Report on vaccination in the Province of Bengal - 1869-1873
Year: 1869
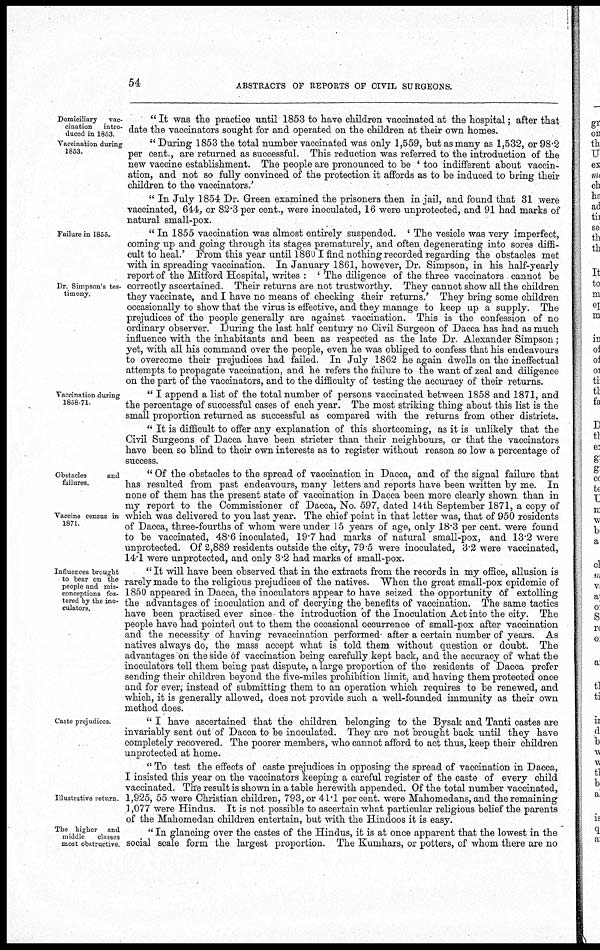
54
ABSTRACTS OF REPORTS OF CIVIL SURGEONS.
Domiciliary vac-
cination intro-
duced in 1853
Vaccination during
1853.
" It was the practice until 1853 to have children vaccinated at the hospital; after that
date the vaccinators sought for and operated on the children at their own homes.
" During 1853 the total number vaccinated was only 1,559, but as many as 1,532, or 98.2
per cent., are returned as successful. This reduction was referred to the introduction of the
new vaccine establishment. The people are pronounced to be ' too indifferent about vaccin-
ation, and not so fully convinced of the protection it affords as to be induced to bring their
children to the vaccinators.'
" In July 1854 Dr. Green examined the prisoners then in jail, and found that 31 were
vaccinated, 644, or 82.3 per cent., were inoculated, 16 were unprotected, and 91 had marks of
natural small-pox.
Failure in 1855.
Dr Simpson's tes-
timony.
" In 1855 vaccination was almost entirely suspended. ' The vesicle was very imperfect,
coming up and going through its stages prematurely, and often degenerating into sores diffi-
cult to heal.' From this year until 1860 I find nothing recorded regarding the obstacles met
with in spreading vaccination. In January 1861, however, Dr. Simpson, in his half-yearly
report of the Mitford Hospital, writes : ' The diligence of the three vaccinators cannot be
correctly ascertained. Their returns are not trustworthy. They cannot show all the children
they vaccinate, and I have no means of checking their returns.' They bring some children
occasionally to show that the virus is effective, and they manage to keep up a supply. The
prejudices of the people generally are against vaccination. This is the confession of no
ordinary observer. During the last half century no Civil Surgeon of Dacca has had as much
influence with the inhabitants and been as respected as the late Dr Alexander Simpson;
yet, with all his command over the people, even he was obliged to confess that his endeavours
to overcome their prejudices had failed. In July 1862 he again dwells on the ineffectual
attempts to propagate vaccination, and he refers the failure to the want of zeal and diligence
on the part of the vaccinators, and to the difficulty of testing the accuracy of their returns.
Vaccination during
1858-71.
" I append a list of the total number of persons vaccinated between 1858 and 1871, and
the percentage of successful cases of each year. The most striking thing about this list is the
small proportion returned as successful as compared with the returns from other districts.
" It is difficult to offer any explanation of this shortcoming, as it is unlikely that the
Civil Surgeons of Dacca have been stricter than their neighbours, or that the vaccinators
have been so blind to their own interests as to register without reason so low a percentage of
success.
Obstacles
and
failures.
Vaccine census in
1871.
" Of the obstacles to the spread of vaccination in Dacca, and of the signal failure that
has resulted from past endeavours, many letters and reports have been written by me. In
none of them has the present state of vaccination in Dacca been more clearly shown than in
my report to the Commissioner of Dacca, No. 597, dated 14th September 1871, a copy of
which was delivered to you last year. The chief point in that letter was, that of 950 residents
of Dacca, three-fourths of whom were under 15 years of age, only 18.3 per cent. were found
to be vaccinated, 48.6 inoculated, 19.7 had marks of natural small-pox, and 13.2 were
unprotected. Of 2,889 residents outside the city, 79.5 were inoculated, 3.2 were vaccinated,
14.1 were unprotected, and only 3.2 had marks of small-pox.
Influences brought
to bear on the
people and mis-
conceptions fos-
tered by the ino¬
culators.
" It will have been observed that in the extracts from the records in my office, allusion is
rarely made to the religious prejudices of the natives. When the great small-pox epidemic of
1850 appeared in Dacca, the inoculators appear to have seized the opportunity of extolling
the advantages of inoculation and of decrying the benefits of vaccination. The same tactics
have been practised ever since the introduction of the Inoculation Act into the city. The
people have had pointed out to them the occasional occurrence of small-pox after vaccination
and the necessity of having revaccination performed after a certain number of years. As
natives always do, the mass accept what is told them without question or doubt. The
advantages on the side of vaccination being carefully kept back, and the accuracy of what the
inoculators tell them being past dispute, a large proportion of the residents of Dacca prefer
sending their children beyond the five-miles prohibition limit, and having them protected once
and for ever, instead of submitting them to an operation which requires to be renewed, and
which, it is generally allowed, does not provide such a well-founded immunity as their own
method does.
Caste prejudices.
" I have ascertained that the children belonging to the Bysak and Tanti castes are
invariably sent out of Dacca to be inoculated. They are not brought back until they have
completely recovered. The poorer members, who cannot afford to act thus, keep their children
unprotected at
home..
Illustrative return.
" To test the effects of caste prejudices in opposing the spread of vaccination in Dacca,
I insisted this year on the vaccinators keeping a careful register of the caste of every child
vaccinated. The result is shown in a table herewith appended. Of the total number vaccinated,
1,925, 55 were Christian children, 793, or 41.1 per cent. were Mahomedans, and the remaining
1 ,077 were Hindus. It is not possible to ascertain what particular religious belief the parents
of the Mahomedan children entertain, but with the Hindoos it is easy.
The higher and
middle
classes
most obstructive
" In glancing over the castes of the Hindus, it is at once apparent that the lowest in the
social scale form the largest proportion. The Kumhars, or potters, of whom there are no